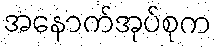
အနောက်အုပ်စုက